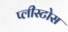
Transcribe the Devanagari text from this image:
प्लीस्टोस